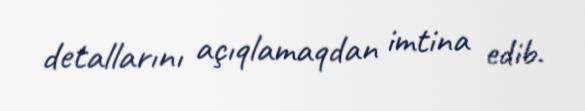
detallarını açıqlamaqdan imtina edib.